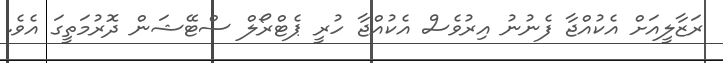
ރަޒާލީއަށް އެކުއްޖާ ފެނުނު އިރުވެސް އެކުއްޖާ ހުރީ ޕެޓްރޯލް ސްޓޭޝަން ދޮރުމަތީގަ އެވެ.